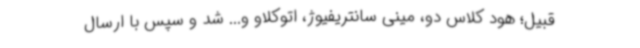
قبیل؛ هود کلاس دو، مینی سانتریفیوژ، اتوکلاو و... شد و سپس با ارسال